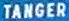
TANGER